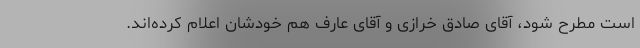
است مطرح شود، آقای صادق خرازی و آقای عارف هم خودشان اعلام کرده‌اند.